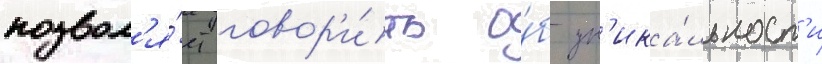
позвол'я́ет говор'и́ть о́б ун'ика́льност'и